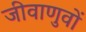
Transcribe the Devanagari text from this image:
जीवाणुवों